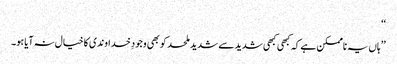
‘‘
’’ہاں یہ ناممکن ہے کہ کبھی کبھی شدید سے شدید ملحد کو بھی وجودِ خداوندی کا خیال نہ آیا ہو۔